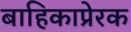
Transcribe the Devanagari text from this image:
बाहिकाप्रेरक